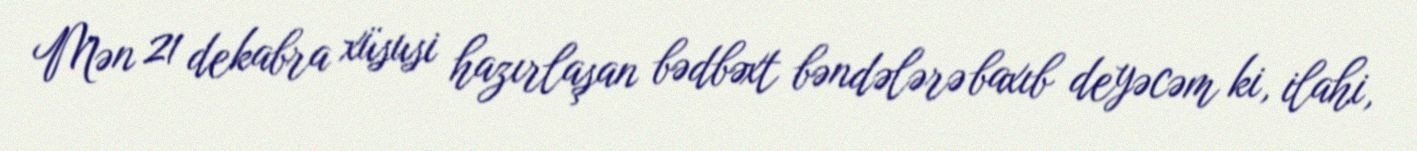
Mən 21 dekabra xüsusi hazırlaşan bədbəxt bəndələrə baxıb deyəcəm ki, ilahi,